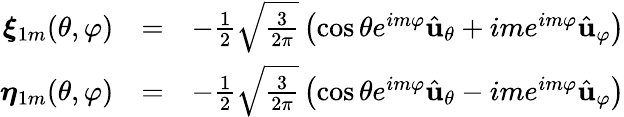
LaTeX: \begin{array}{rlr}{\boldsymbol{\xi}_{1m}(\theta,\varphi)}&{=}&{-\frac{1}{2}\sqrt{\frac{3}{2\pi}}\left(\cos\theta e^{im\varphi}\hat{{\mathbf u}}_{\theta}+ime^{im\varphi}\hat{{\mathbf u}}_{\varphi}\right)}\\ {\boldsymbol{\eta}_{1m}(\theta,\varphi)}&{=}&{-\frac{1}{2}\sqrt{\frac{3}{2\pi}}\left(\cos\theta e^{im\varphi}\hat{{\mathbf u}}_{\theta}-ime^{im\varphi}\hat{{\mathbf u}}_{\varphi}\right)}\end{array}